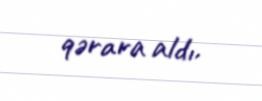
qərara aldı.